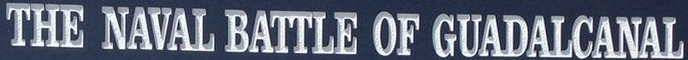
THE NAVAL BATTLE OF GUADALCANAL